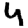
Digit: 4